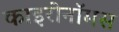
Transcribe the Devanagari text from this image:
काइरोनॉमस